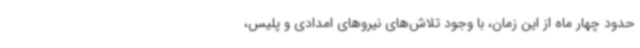
حدود چهار ماه از این زمان، با وجود تلاش‌های نیروهای امدادی و پلیس،